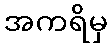
အကရိမှ